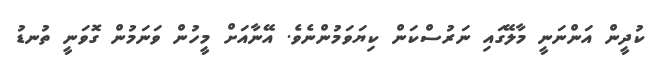
ކުދީން އަންނަނީ މާލޭގައި ނަރުސްކަން ކިޔަވަމުންނެވެ. އޭނާއަށް މީހުން ވަނަމުން ގޮވަނީ ތުނޑު